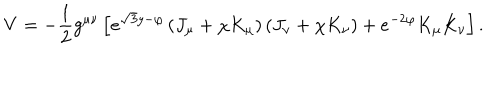
V = - \frac { 1 } { 2 } g ^ { \mu \nu } \left[ e ^ { \sqrt { 3 } y - \varphi } \left( J _ { \mu } + \chi K _ { \mu } \right) \left( J _ { \nu } + \chi K _ { \nu } \right) + e ^ { - 2 \varphi } K _ { \mu } K _ { \nu } \right] .